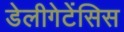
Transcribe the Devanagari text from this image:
डेलीगेटेंसिस